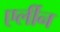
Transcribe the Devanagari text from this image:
एर्लीन